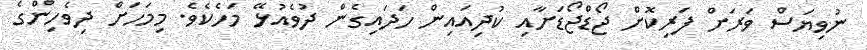
ނުވިޔަސް ވަރަށް ފަރިކޮށް ޖޯޑްޖޯޑަށާއި ކުދިއައިން ހަދައިގެން ދުވެއުޅޭ މަހެކެވެ. މިމަހަށް ދިވެހިންގެ